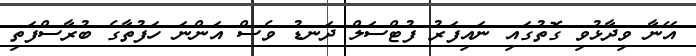
އޭނާ ވިދާޅުވި ގޮތުގައި ނައިފަރު ފުޓްސަލް ދަނޑު ވެސް އަންނަ ހަފުތާގެ ބުރާސްފަތި